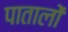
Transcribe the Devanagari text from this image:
पातालों